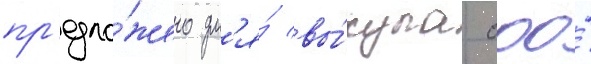
пр'едло́жено дл'я́ вы́купа ооо́